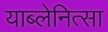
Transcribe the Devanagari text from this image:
याब्लेनित्सा